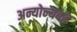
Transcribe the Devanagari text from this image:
अन्योन्यबद्ध